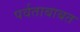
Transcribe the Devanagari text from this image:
पर्वताबाबत